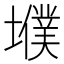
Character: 㙸